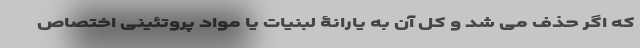
که اگر حذف می شد و کل آن به یارانۀ لبنیات یا مواد پروتئینی اختصاص